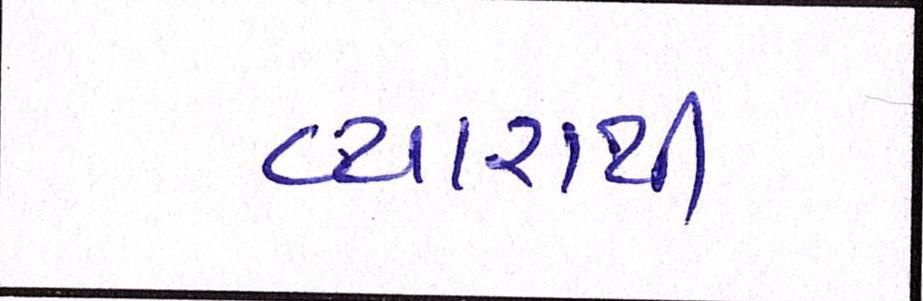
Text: વ્યારાથી